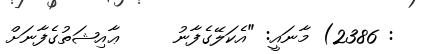
: 2386) މާނައީ: "އެކަލޭގެފާނު     ޢާއިޝަތުގެފާނަށް